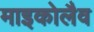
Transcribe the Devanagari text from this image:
माइकोलैव